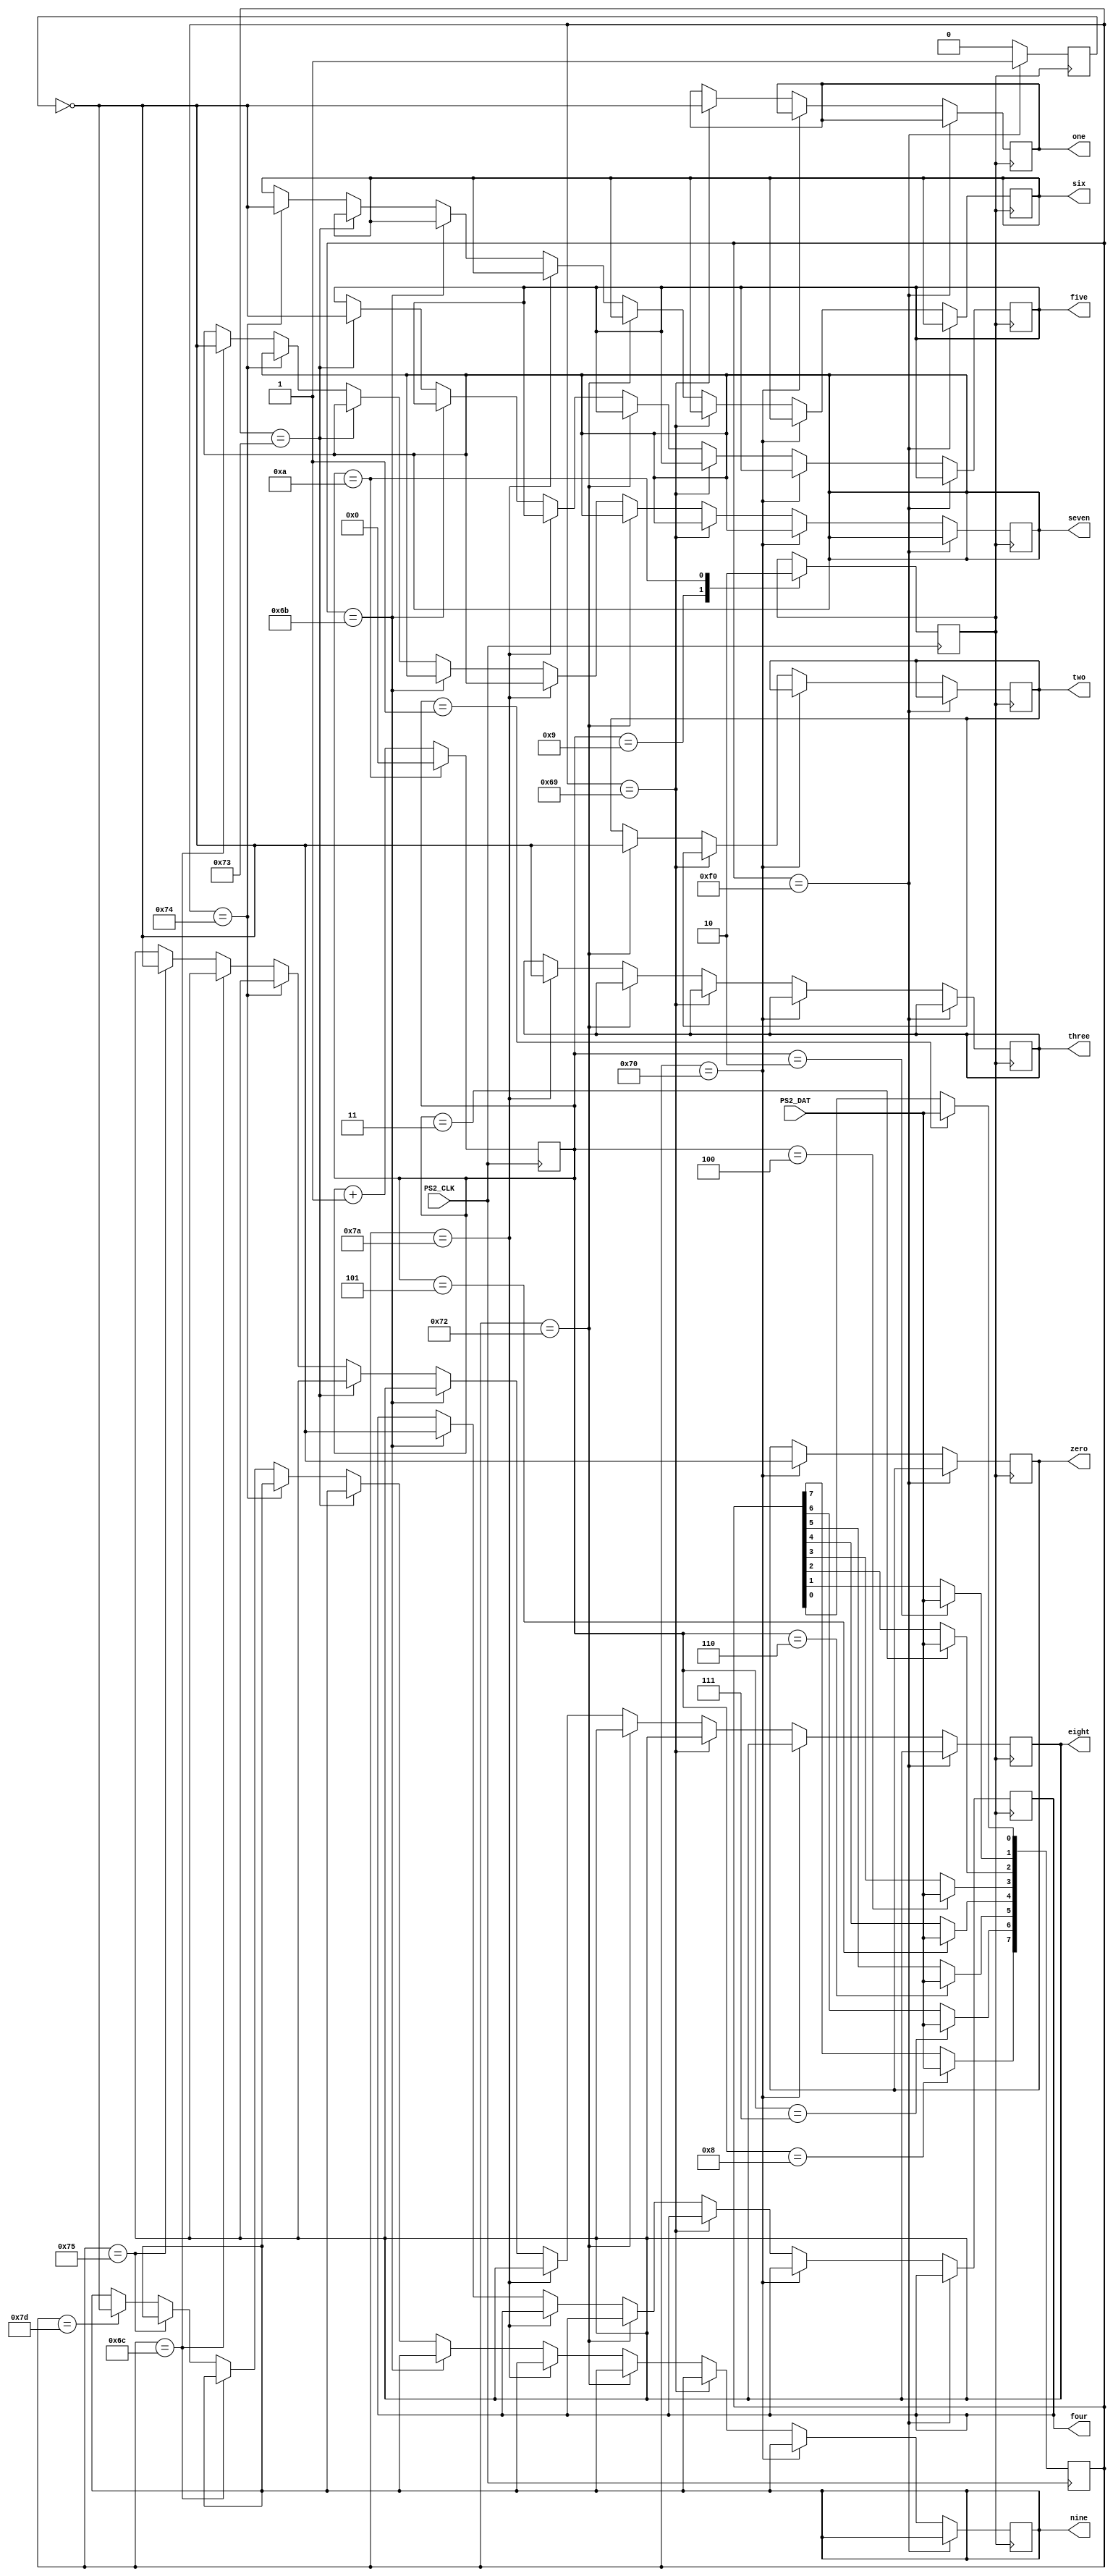
module Keyboard(PS2_CLK, PS2_DAT,zero,one,two,three,four,five,six,seven,eight,nine);
    input PS2_CLK, PS2_DAT;
    output reg zero=1'b0,one=1'b0,two=1'b0,three=1'b0,four=1'b0,five=1'b0,six=1'b0,seven=1'b0,eight=1'b0,nine=1'b0;
    reg [3:0] counter = 4'b0;
	 reg [7:0] data = 8'b0;
    reg done = 1'b0, pulse_down = 1'b0;
    always @(negedge PS2_CLK) begin
        case(counter)
            4'd0:   ;
            4'd1:   data[0] <= PS2_DAT;
            4'd2:   data[1] <= PS2_DAT;
            4'd3:   data[2] <= PS2_DAT;
            4'd4:   data[3] <= PS2_DAT;
            4'd5:   data[4] <= PS2_DAT;
            4'd6:   data[5] <= PS2_DAT;
            4'd7:   data[6] <= PS2_DAT;
            4'd8:   data[7] <= PS2_DAT;
            4'd9:   done <= 1'b1;
            4'd10:  done <= 1'b0;
            default: counter <= 0;
        endcase
        if(counter == 10) counter <= 0;
        else counter <= counter+1;
    end
    always @(posedge done) begin
        if(data == 8'hF0) begin
            pulse_down <= 1;
        end
        else begin
            if(data == 8'h70) zero <= !pulse_down;
				else if(data==8'h69) one <= !pulse_down;
				else if(data==8'h72) two <= !pulse_down;
				else if(data==8'h7A) three <= !pulse_down;
				else if(data==8'h6B) four <= !pulse_down;
				else if(data==8'h73) five <= !pulse_down;
				else if(data==8'h74) six <= !pulse_down;
				else if(data==8'h6C) seven <= !pulse_down;
				else if(data==8'h75) eight <= !pulse_down;
				else if(data==8'h7D) nine <= !pulse_down;
            pulse_down <= 0;
        end
    end
endmodule

//module hex_decoder(c, display);
    //input [3:0] c;
    //output [6:0] display;
    //assign display[0] = !((c[3] | c[2] | c[1] | !c[0]) & (!c[3] | !c[2] | c[1] | !c[0]) & (!c[3] | c[2] | !c[1] | !c[0]) & (c[3] | !c[2] | c[1] | c[0]));
    //assign display[1] = !((c[3] | !c[2] | c[1] | !c[0]) & (c[3] | !c[2] | !c[1] | c[0]) & (!c[3] | c[2] | !c[1] | !c[0]) & (!c[3] | !c[2] | c[1] | c[0])& (!c[3] | !c[2] | !c[1] | c[0])& (!c[3] | !c[2] | !c[1] | !c[0]));
    //assign display[2] = !((c[3] | c[2] | !c[1] | c[0]) & (!c[3] | !c[2] | c[1] | c[0]) & (!c[3] | !c[2] | !c[1] | c[0]) & (!c[3] | !c[2]  | !c[1] | !c[0]));
    //assign display[3] = !((c[3] | c[2] | c[1] | !c[0]) & (c[3] | !c[2] | c[1] | c[0]) & (c[3] | !c[2] | !c[1]  | !c[0]) & (!c[3] | c[2] | !c[1] | c[0]) & (!c[3] | !c[2] | !c[1] | !c[0]));
    //assign display[4] = !((c[3] | c[2] | c[1] | !c[0]) & (c[3] | c[2] | !c[1] | !c[0]) & (c[3] | !c[2] | c[1] | c[0]) & (c[3] | !c[2] | c[1] | !c[0]) & (c[3] | !c[2] | !c[1] | !c[0]) & (!c[3] | c[2] | c[1] | !c[0]));
    //assign display[5] = !((c[3] | c[2] | c[1] | !c[0]) & (c[3] | c[2] | !c[1] | !c[0]) & (c[3] | !c[2] | !c[1] | !c[0]) & (!c[3] | !c[2] | c[1] | !c[0]) & (c[3] | c[2] | !c[1] | c[0]));
    //assign display[6] = !((c[3] | c[2] | c[1] | c[0]) & (c[3] | c[2] | c[1] | !c[0]) & (c[3] | !c[2] | !c[1] | !c[0]) & (!c[3] | !c[2] | c[1] | c[0]));
//endmodule

//module Keyboard(input PS2_CLK, PS2_DAT, output [6:0] HEX0, HEX1, HEX2);
	//wire A, D, ENTER;
	//keyboard kb(PS2_CLK, PS2_DAT, A, D, ENTER);
	//hex_decoder h1 (A, HEX0);
	//hex_decoder h2 (D, HEX1);
	//hex_decoder h3(ENTER, HEX2);
//endmodule